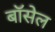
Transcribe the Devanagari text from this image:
बॉसेल